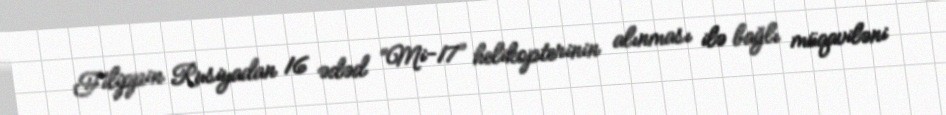
Filippin Rusiyadan 16 ədəd “Mi-17” helikopterinin alınması ilə bağlı müqaviləni